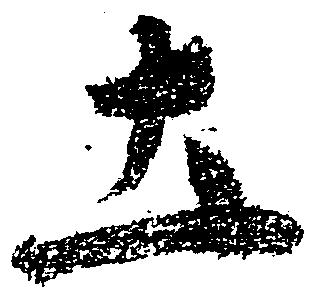
土